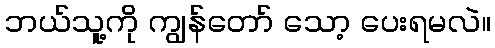
ဘယ်သူ့ကို ကျွန်တော် သော့ ပေးရမလဲ။